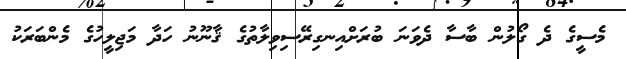
މެސީގެ ދެ ގޯލުން ބާސާ ދެވަނަ ބުރަށްއިނގިރޭސިވިލާތުގެ ޤާނޫނު ހަދާ މަޖިލީހުގެ މެންބަރަކު